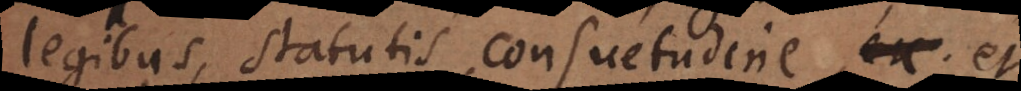
legibus, statutis, consuetudine, et